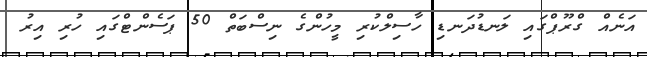
އަނެއް ގްރޫޕްގައި ލަނޑުދަނޑި ހާސިލްކުރި މީހުންގެ ނިސްބަތް 50 ޕަސެންޓްގައި ހުރި އިރު